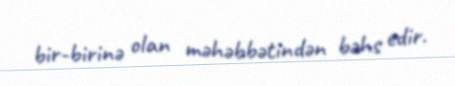
bir-birinə olan məhəbbətindən bəhs edir.